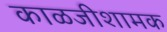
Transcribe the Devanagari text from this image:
काळजीशामक